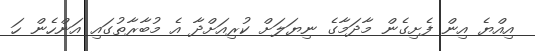
އިއްޔެ އިން ފެށިގެން މާދަމާގެ ނިޔަލަށް ކުރިއަށްދާ އެ މުބާރާތުގައި އަންހެން ހަ